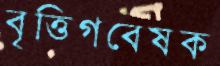
বৃত্তিগবেষক